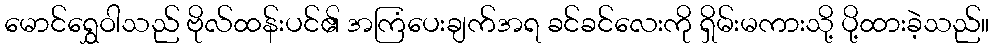
မောင်ရွှေဝါသည် ဗိုလ်ထန်းပင်၏ အကြံပေးချက်အရ ခင်ခင်လေးကို ရှိမ်းမကားသို့ ပို့ထားခဲ့သည်။